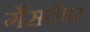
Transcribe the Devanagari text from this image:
गैसचेंबर